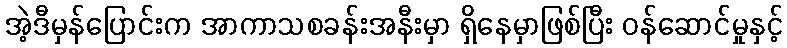
အဲ့ဒီမှန်ပြောင်းက အာကာသစခန်းအနီးမှာ ရှိနေမှာဖြစ်ပြီး ဝန်ဆောင်မှုနှင့်